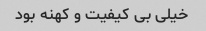
خیلی بی کیفیت و کهنه بود